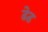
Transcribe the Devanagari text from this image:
ढेढ